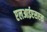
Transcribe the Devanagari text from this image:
एलआईएसएस